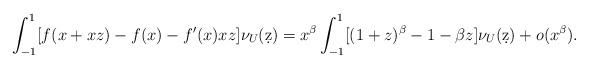
LaTeX: \begin{align*}\int_{-1}^1 [ f(x + x z) - f(x) - f'(x) x z] \nu_U (\d z)= x^\beta \int_{-1}^1 [ (1 + z)^\beta - 1 - \beta z] \nu_U (\d z)+ o(x^{\beta}).\end{align*}